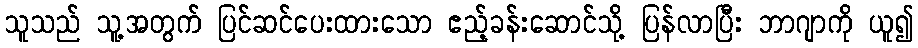
သူသည် သူ့အတွက် ပြင်ဆင်ပေးထားသော ဧည့်ခန်းဆောင်သို့ ပြန်လာပြီး ဘာဂျာကို ယူ၍